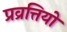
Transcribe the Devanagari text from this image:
प्रव्रत्तियो